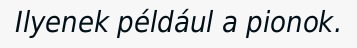
Ilyenek például a pionok.